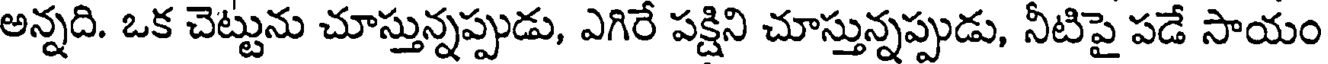
అన్నది. ఒక చెట్టును చూస్తున్నప్పుడు, ఎగిరే పక్షిని చూస్తున్నప్పుడు, నీటిపై పడే సాయం